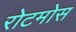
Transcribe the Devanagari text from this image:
रोटमोस